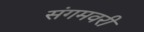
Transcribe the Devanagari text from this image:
संगमवरी